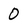
Character: 0